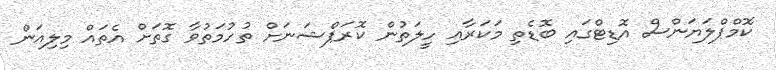
ކޮމްޕްލަޔަންސް އޮޑިޓްގައި ބޮޑެތި މަކަރާއި ހީލަތުން ކޮރަޕްޝަނަށް ތުހުމަތުވާ ގޮތަށް އެތައް މިލިއަން